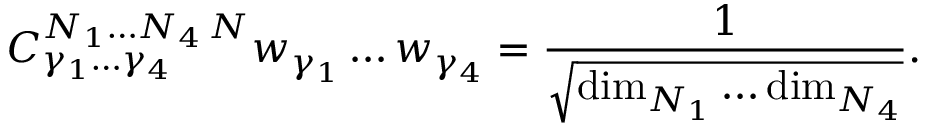
{ C } _ { \gamma _ { 1 } \ldots \gamma _ { 4 } } ^ { N _ { 1 } \ldots N _ { 4 } \, N } w _ { \gamma _ { 1 } } \ldots w _ { \gamma _ { 4 } } = { \frac { 1 } { \sqrt { \mathrm { d i m } _ { N _ { 1 } } \ldots \mathrm { d i m } _ { N _ { 4 } } } } } .